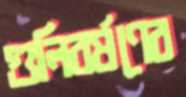
গুলিবর্ষণের